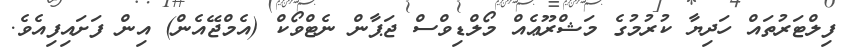
ފިލްޓަރުތައް ހަދިޔާ ކުރުމުގެ މަޝްރޫޢެއް މޯލްޑިވްސް ޖަޕާން ނެޓްވޯކް (އެމްޖޭއެން) އިން ފަށައިފިއެވެ.